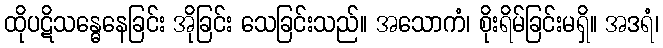
ထိုပဋိသန္ဓေနေခြင်း အိုခြင်း သေခြင်းသည်။ အသောကံ၊ စိုးရိမ်ခြင်းမရှိ။ အဒရံ၊